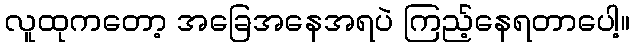
လူထုကတော့ အခြေအနေအရပဲ ကြည့်နေရတာပေါ့။